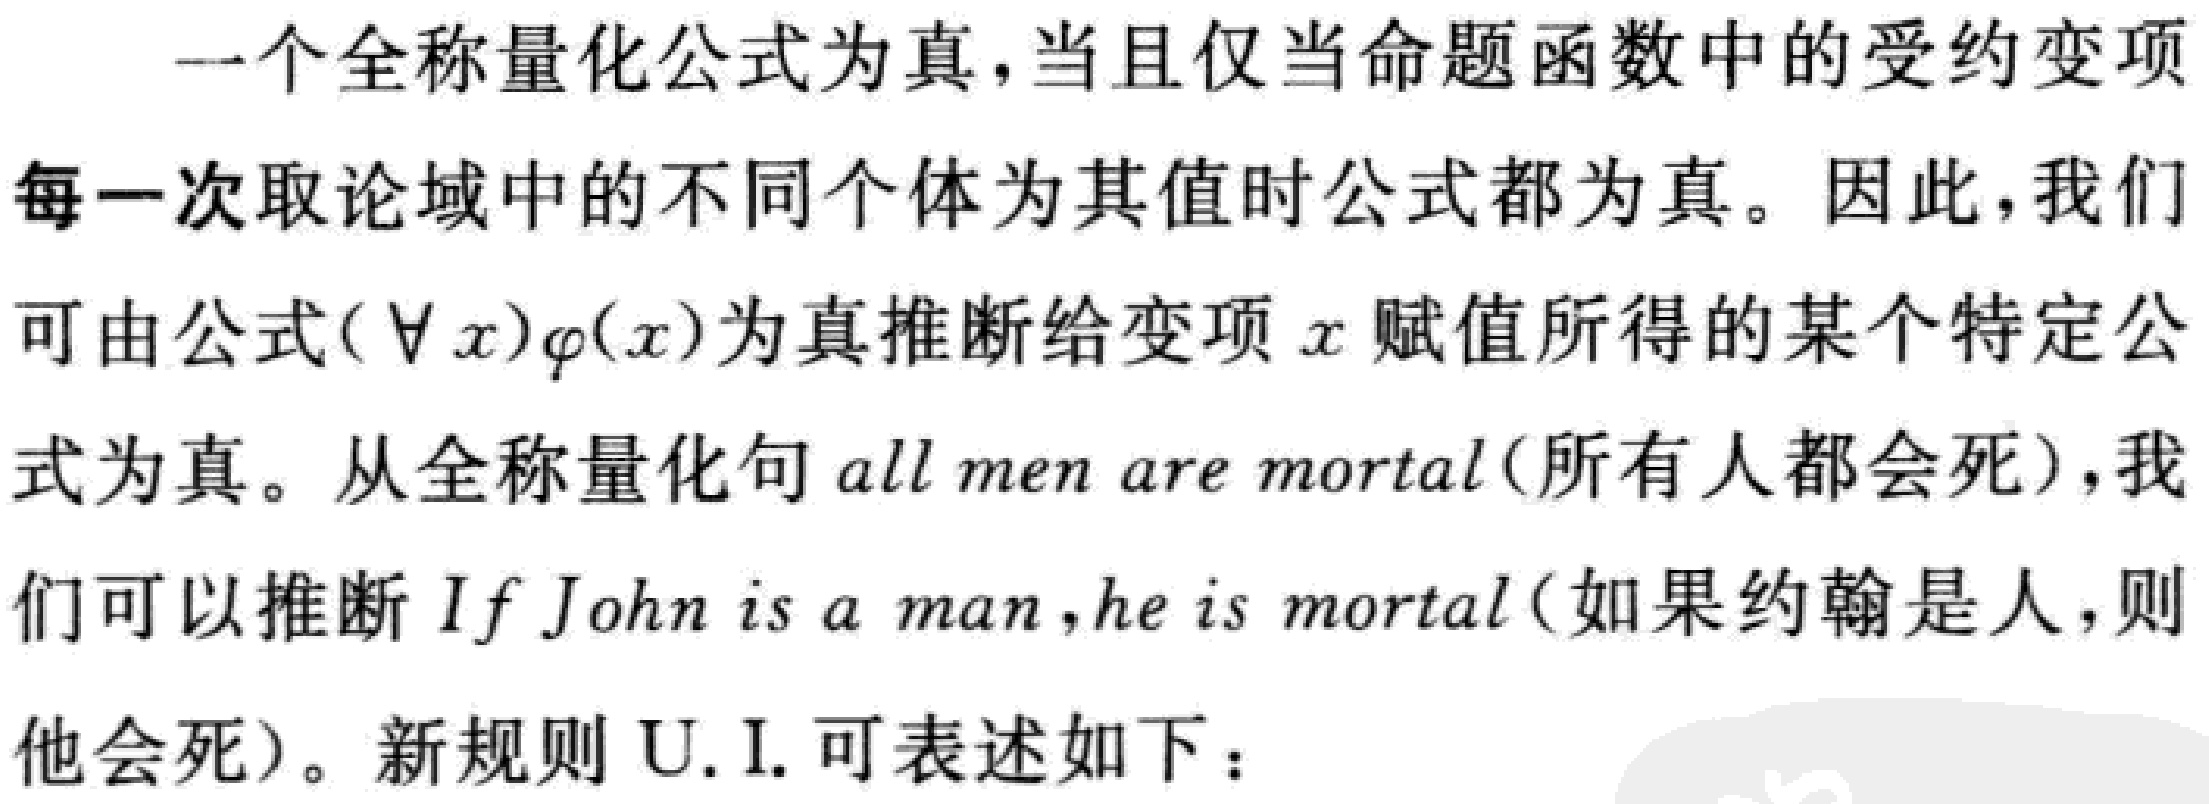
一个全称量化公式为真，当且仅当命题函数中的受约变项
每一次取论域中的不同个体为其值时公式都为真。因此，我们
可由公式$(\forall x)\varphi(x)$为真推断给变项$x$赋值所得的某个特定公
式为真。从全称量化句$all\ men\ are\ mortal$(所有人都会死)，我
们可以推断$If\ John\ is\ a\ man ,he\ is\ mortal$(如果约翰是人，则
他会死)。新规则 U. I. 可表述如下：